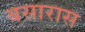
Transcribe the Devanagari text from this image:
बसारास